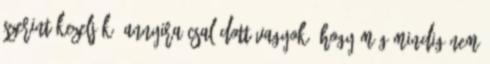
szerint kezeljék; annyira csalódott vagyok, hogy még mindig nem